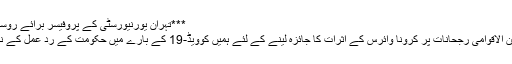
***تہران یورنیورسٹی کے پروفیسر برائے روسی علوم جہانگیر کرمی؛
کرمی کا کہنا ہے کہ بین الاقوامی رجحانات پر کرونا وائرس کے اثرات کا جائزہ لینے کے لئے ہمیں کوویڈ-19 کے بارے میں حکومت کے رد عمل کے نتائج کا انتظار کرنا ہے۔